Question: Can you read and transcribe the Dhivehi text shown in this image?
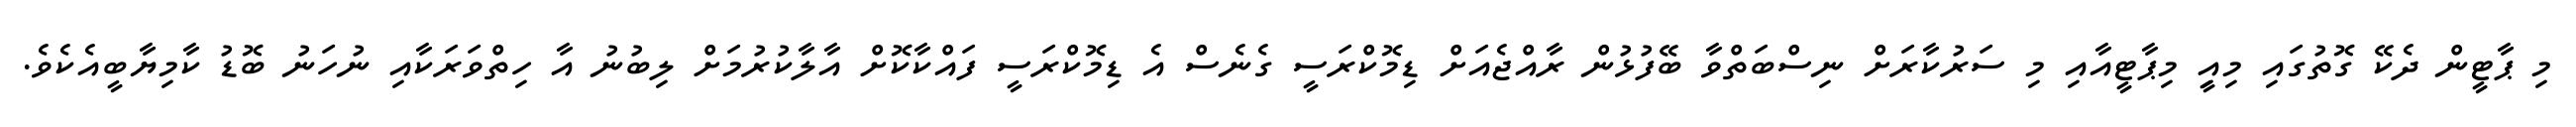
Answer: މި ޕާޓީން ދެކޭ ގޮތުގައި މިއިީ މިޕާޓީއާއި މި ސަރުކާރަށް ނިސްބަތްވާ ބޭފުޅުން ރާއްޖެއަށް ޑިމޮކްރަސީ ގެނެސް އެ ޑިމޮކްރަސީ ފައްކާކޮށް އާލާކުރުމަށް ލިބުނު އާ ހިތްވަރަކާއި ނުހަނު ބޮޑު ކާމިޔާބީއެކެވެ.